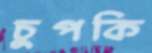
চুপকি